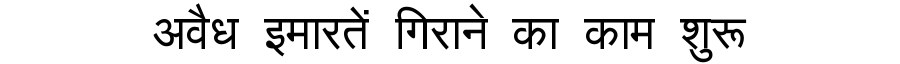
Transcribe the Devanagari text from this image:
अवैध इमारतें गिराने का काम शुरू